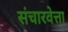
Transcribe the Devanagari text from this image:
संचारवेत्ता